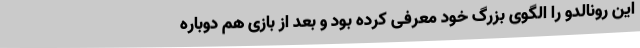
این رونالدو را الگوی بزرگ خود معرفی کرده بود و بعد از بازی هم دوباره